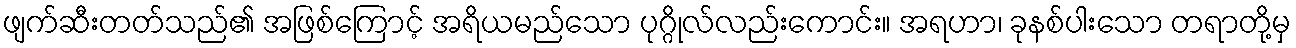
ဖျက်ဆီးတတ်သည်၏ အဖြစ်ကြောင့် အရိယမည်သော ပုဂ္ဂိုလ်လည်းကောင်း။ အရဟာ၊ ခုနစ်ပါးသော တရာတို့မှ